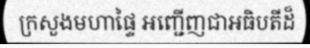
ក្រសួងមហាផ្ទៃ អញ្ជើញជាអធិបតីដ៏